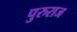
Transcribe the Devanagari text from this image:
पुरुराज